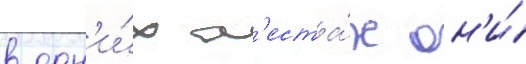
в одн'и́х м'еста́х он'и́